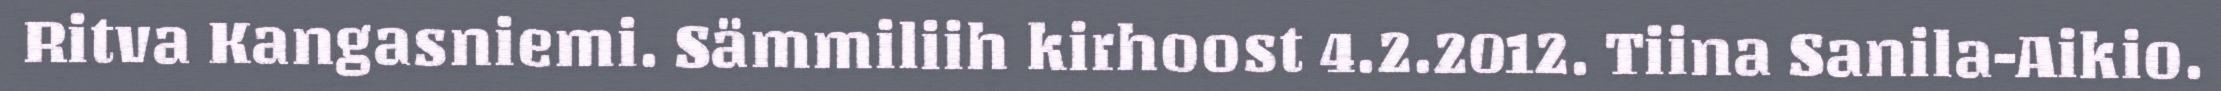
Ritva Kangasniemi. Sämmiliih kirhoost 4.2.2012. Tiina Sanila-Aikio.